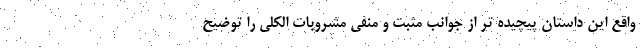
واقع این داستان پیچیده تر از جوانب مثبت و منفی مشروبات الکلی را توضیح